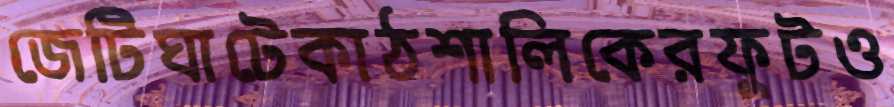
জেটিঘাটেকাঠশালিকেরফুটও